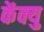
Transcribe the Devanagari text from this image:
केंक्यु